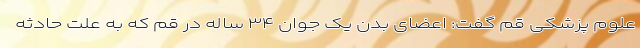
علوم پزشکی قم گفت: اعضای بدن یک جوان ۳۴ ساله در قم که به علت حادثه